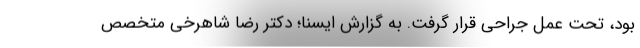
بود، تحت عمل جراحی قرار گرفت. به گزارش ایسنا؛ دکتر رضا شاهرخی متخصص